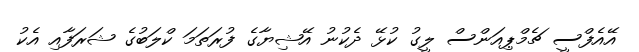
އޭއެފްސީ ޗެމްޕިއަންސް ލީގު ކުޅޭ ދެކުނު އޭޝިޔާގެ ފުރަތަމަ ކްލަބުގެ ޝަރަފާއި އެކު